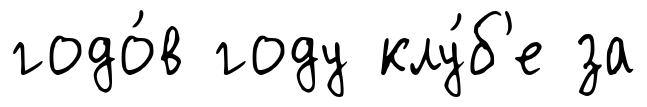
годо́в году клу́б'е за